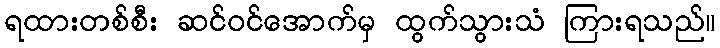
ရထားတစ်စီး ဆင်ဝင်အောက်မှ ထွက်သွားသံ ကြားရသည်။